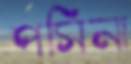
পসিনা